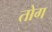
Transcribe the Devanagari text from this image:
तोग